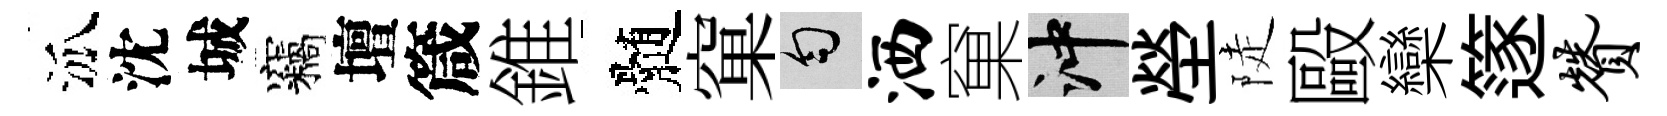
泒沈城竊壇箴錐髄窠匀洒窠冲塋陡毆欒篴赞